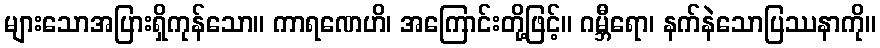
များသောအပြားရှိကုန်သော။ ကာရဏေဟိ၊ အကြောင်းတို့ဖြင့်။ ဂမ္ဘီရော၊ နက်နဲသောပြဿနာကို။